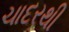
ચાદરથી